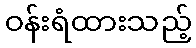
ဝန်းရံထားသည့်